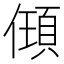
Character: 𬿰